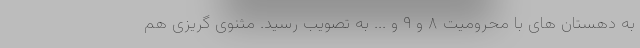
به دهستان های با محرومیت ۸ و ۹ و ... به تصویب رسید. مثنوی گریزی هم